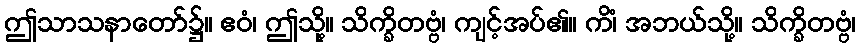
ဤသာသနာတော်၌။ ဧဝံ၊ ဤသို့။ သိက္ခိတဗ္ဗံ၊ ကျင့်အပ်၏။ ကိံ၊ အဘယ်သို့။ သိက္ခိတဗ္ဗံ၊